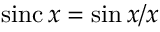
\operatorname { s i n c } x = \sin x / x